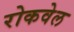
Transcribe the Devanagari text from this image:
रोकवेल